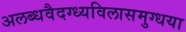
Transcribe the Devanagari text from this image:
अलब्धवैदग्ध्यविलासमुग्धया